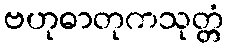
ဗဟုဓာတုကသုတ္တံ